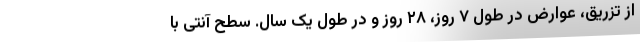
از تزریق، عوارض در طول ۷ روز، ۲۸ روز و در طول یک سال. سطح آنتی با